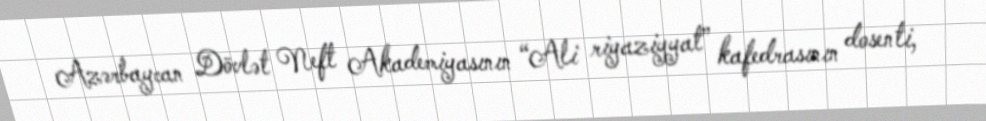
Azərbaycan Dövlət Neft Akademiyasının “Ali riyaziyyat” kafedrasının dosenti,